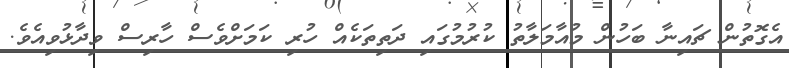
އެގޮތުން ޗައިނާ ބަހުން މުއާމަލާތު ކުރުމުގައި ދަތިތަކެއް ހުރި ކަމަށްވެސް ހާރިސް ވިދާޅުވިއެވެ.